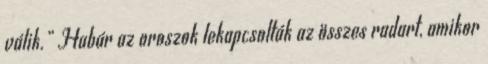
válik.” Habár az oroszok lekapcsolták az összes radart, amikor